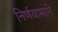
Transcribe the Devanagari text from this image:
निर्णयामागे